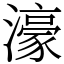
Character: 濠